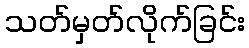
သတ်မှတ်လိုက်ခြင်း